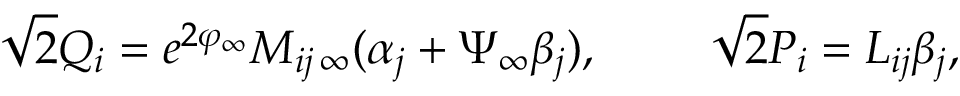
\sqrt { 2 } Q _ { i } = e ^ { 2 \varphi _ { \infty } } M _ { i j \, \infty } ( \alpha _ { j } + \Psi _ { \infty } \beta _ { j } ) , \ \ \ \ \ \ \ \sqrt { 2 } P _ { i } = L _ { i j } { \beta } _ { j } ,